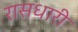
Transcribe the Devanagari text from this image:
रासधारी